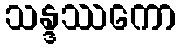
သန္ဒဿကော